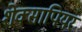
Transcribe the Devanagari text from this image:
शेक्सापियर